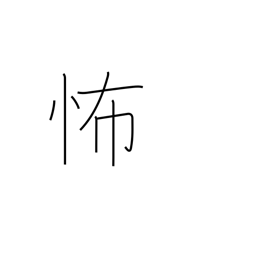
Meaning: dreadful